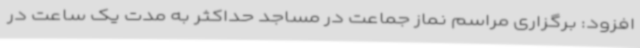
افزود: برگزاری مراسم نماز جماعت در مساجد حداکثر به مدت یک ساعت در